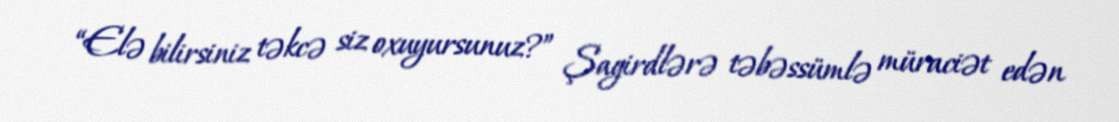
“Elə bilirsiniz təkcə siz oxuyursunuz?” Şagirdlərə təbəssümlə müraciət edən